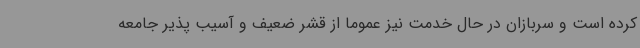
کرده است و سربازان در حال خدمت نیز عموما از قشر ضعیف و آسیب پذیر جامعه